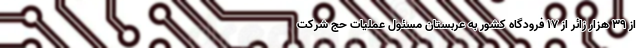
از ۳۹ هزار زائر از ۱۷ فرودگاه کشور به عربستان مسئول عملیات حج شرکت